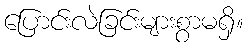
ပြောင်းလဲခြင်းများစွာမရှိ။